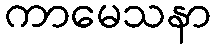
ကာမေသနာ